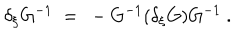
LaTeX: \delta _ { \xi } G ^ { - 1 } \ = \ - G ^ { - 1 } ( \delta _ { \xi } G ) G ^ { - 1 } \ .